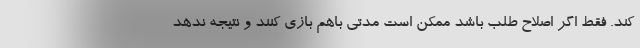
کند. فقط اگر اصلاح طلب باشد ممکن است مدتی باهم بازی کنند و نتیجه ندهد